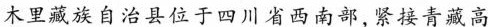
木里藏族自治县位于四川省西南部紧接青藏高